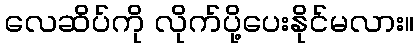
လေဆိပ်ကို လိုက်ပို့ပေးနိုင်မလား။